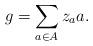
LaTeX: \begin{align*}g=\sum_{a\in A}z_a a.\end{align*}